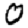
Digit: 0